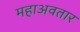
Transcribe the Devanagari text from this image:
महाअवतार